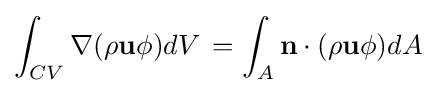
\int _{CV}\nabla (\rho \mathbf {u} \phi )dV\,=\int _{A}\mathbf {n} \cdot (\rho \mathbf {u} \phi )dA